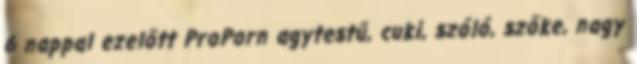
6 nappal ezelőtt ProPorn agytestű, cuki, szóló, szőke, nagy